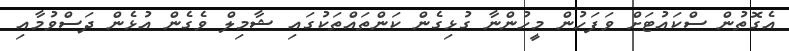
އެގޮތުން ސްކައުޓަށް ވަފަހުން މީހުންނާ ގުޅިގެން ކަންތައްތަކުގައި ޝާމިލް ވެގެން އުޅެން ދަސްވުމާއި